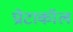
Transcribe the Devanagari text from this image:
प्रोटाकॉल